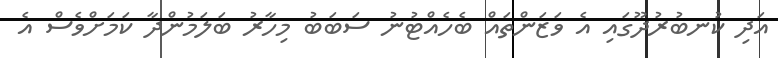
އަދި ކުނބުރުދޫގައި އެ ވަޒަންތައް ބެހެއްޓުނު ސަބަބު މިހާރު ބަލަމުންދާ ކަމަށްވެސް އެ